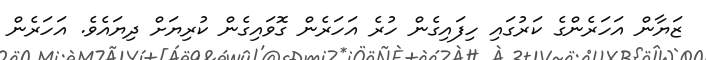
ޒަޔާން އަހަރެންގެ ކަރުގައި ހިފައިގެން ހުރެ އަހަރެން ގޮވައިގެން ކުރިޔަށް ދިޔައެވެ. އަހަރެން